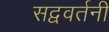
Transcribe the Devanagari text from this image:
सद्ववर्तनी